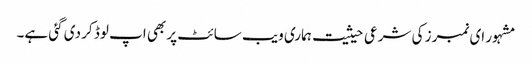
مشہور ای نمبرز کی شرعی حیثیت ہماری ویب سائٹ پر بھی اپ لوڈ کر دی گئی ہے۔